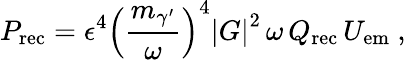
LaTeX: P_{\mathrm{rec}}=\epsilon^{4}\left(\frac{m_{\gamma^{\prime}}}{\omega}\right)^{4}\left|G\right|^{2}\, \omega\, Q_{\mathrm{rec}}\, U_{\mathrm{em}}~,